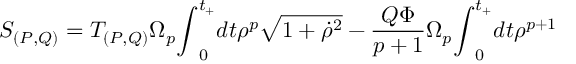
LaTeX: S _ { ( P , Q ) } = T _ { ( P , Q ) } { \Omega } _ { p } { \int } _ { 0 } ^ { t _ { + } } d t { \rho } ^ { p } \sqrt { 1 + { \dot { \rho } } ^ { 2 } } - \frac { Q { \Phi } } { p + 1 } { \Omega } _ { p } { \int } _ { 0 } ^ { t _ { + } } d t { \rho } ^ { p + 1 }